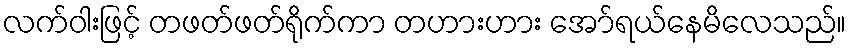
လက်ဝါးဖြင့် တဖတ်ဖတ်ရိုက်ကာ တဟားဟား အော်ရယ်နေမိလေသည်။